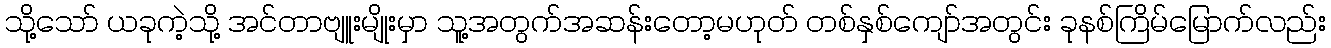
သို့သော် ယခုကဲ့သို့ အင်တာဗျူးမျိုးမှာ သူ့အတွက်အဆန်းတော့မဟုတ် တစ်နှစ်ကျော်အတွင်း ခုနစ်ကြိမ်မြောက်လည်း